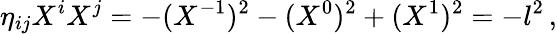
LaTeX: \eta_{ij}X^{i}X^{j}=-(X^{-1})^{2}-(X^{0})^{2}+(X^{1})^{2}=-l^{2}\, ,